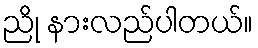
ညို နားလည်ပါတယ်။